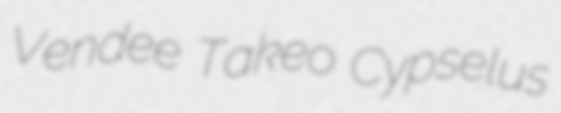
Vendee Takeo Cypselus